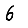
Digit: 6